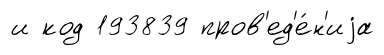
и код 193839 пров'ед'е́н'иjа